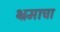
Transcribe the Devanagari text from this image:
भ्रमाचा